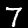
Digit: 7